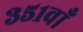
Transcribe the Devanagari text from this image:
३५१वाँ